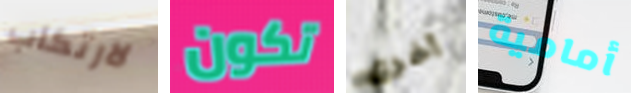
لارتكاب تكون أخرى أمامية